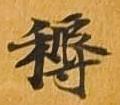
耨